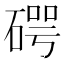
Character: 𥔲